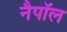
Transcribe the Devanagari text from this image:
नैपॉल